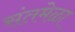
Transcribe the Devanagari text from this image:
संतमेळा